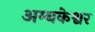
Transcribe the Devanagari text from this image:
अम्बकेश्वर